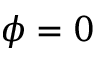
\phi = 0